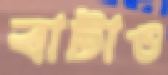
বাটাও